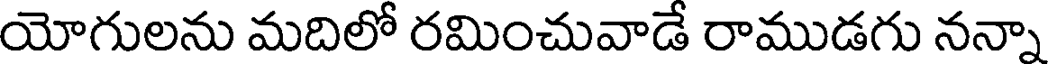
యోగులను మదిలో రమించువాడే రాముడగు నన్నా